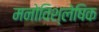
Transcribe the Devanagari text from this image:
मनोविश्लेषिक